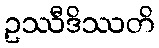
ဥဿီဒိဿတိ